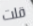
قلت